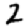
Digit: 2